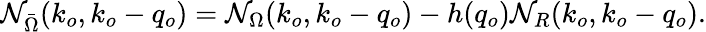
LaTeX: \mathcal{N}_{\bar{{\Omega}}}(k_{o},k_{o}-q_{o})=\mathcal{N}_{\Omega}(k_{o},k_{o}-q_{o})-h(q_{o})\mathcal{N}_{R}(k_{o},k_{o}-q_{o}).